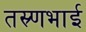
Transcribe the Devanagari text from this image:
तस्र्णभाई